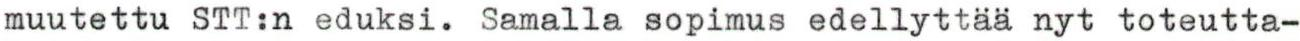
muutettu STT:n eduksi. Samalla sopimus edellyttää nyt toteutta-